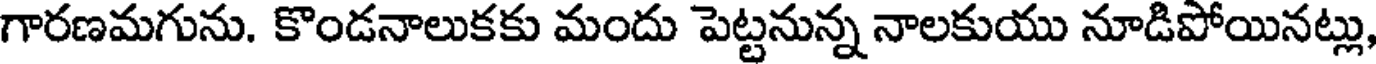
గారణమగును. కొండనాలుకకు మందు పెట్టనున్న నాలకుయు నూడిపోయినట్లు,